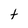
Character: t